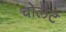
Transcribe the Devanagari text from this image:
चोलेट